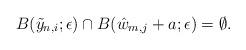
LaTeX: \begin{align*}B(\tilde y_{n,i}; \epsilon) \cap B(\hat w_{m,j}+a ;\epsilon)=\emptyset.\end{align*}